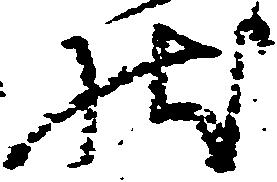
状